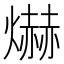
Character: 爀